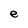
Character: e